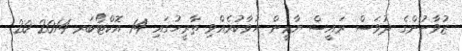
ޒުވާނުންގެ ދުވަސް ރައީސް ޔާމީން ހުވާކުރެއްވި ތާރީހުގައި 14 އޮކްޓޯބަރ 2014 20